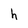
Character: h